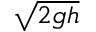
\scriptstyle { \sqrt { 2 g h } }